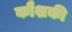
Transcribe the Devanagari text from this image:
कौशकी